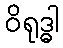
ဝိရုဒ္ဓါ